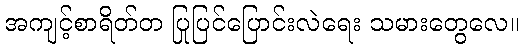
အကျင့်စာရိတ်တ ပြုပြင်ပြောင်းလဲရေး သမားတွေလေ။